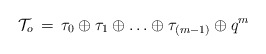
\begin{align*}{\cal T}_o\,=\,\tau_0\oplus\tau_1\oplus\ldots\oplus\tau_{(m-1)}\oplus q^m\end{align*}